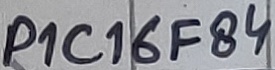
Text: P1C16F84